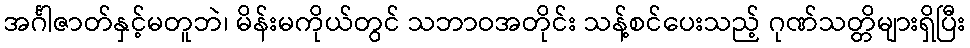
အင်္ဂါဇာတ်နှင့်မတူဘဲ၊ မိန်းမကိုယ်တွင် သဘာဝအတိုင်း သန့်စင်ပေးသည့် ဂုဏ်သတ္တိများရှိပြီး